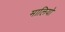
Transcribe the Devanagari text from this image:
मालियो